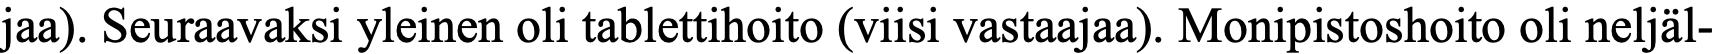
jaa). Seuraavaksi yleinen oli tablettihoito (viisi vastaajaa). Monipistoshoito oli neljäl-